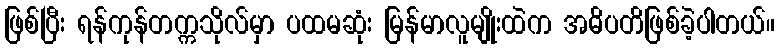
ဖြစ်ပြီး ရန်ကုန်တက္ကသိုလ်မှာ ပထမဆုံး မြန်မာလူမျိုးထဲက အဓိပတိဖြစ်ခဲ့ပါတယ်။